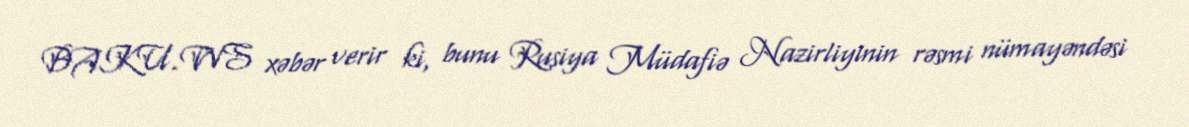
BAKU.WS xəbər verir ki, bunu Rusiya Müdafiə Nazirliyinin rəsmi nümayəndəsi